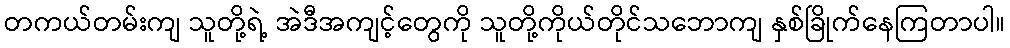
တကယ်တမ်းကျ သူတို့ရဲ့ အဲဒီအကျင့်တွေကို သူတို့ကိုယ်တိုင်သဘောကျ နှစ်ခြိုက်နေကြတာပါ။